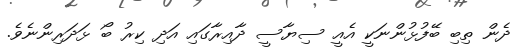
ދެން ތިބި ބޭފުޅުންނަކީ އެއީ ސިޔާސީ ދާއިރާގައި އަދި ކިރު ބޯ ޅަދަރިންނެވެ.